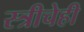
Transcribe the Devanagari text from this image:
स्त्रीचेही